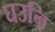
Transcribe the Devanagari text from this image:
घउनि